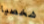
شخصيا